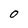
Character: 0